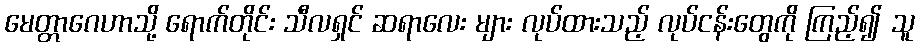
မေတ္တာဂေဟာသို့ ရောက်တိုင်း သီလရှင် ဆရာလေး များ လုပ်ထားသည့် လုပ်ငန်းတွေကို ကြည့်၍ သူ